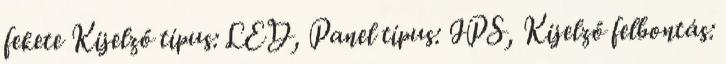
fekete Kijelző típus: LED, Panel típus: IPS, Kijelző felbontás: